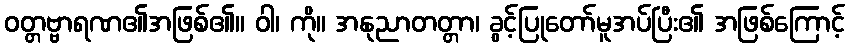
ဝတ္တဗ္ဗာရဏ၏အဖြစ်၏။ ဝါ၊ ကို။ အနုညာတတ္တာ၊ ခွင့်ပြုတော်မူအပ်ပြီး၏ အဖြစ်ကြောင့်